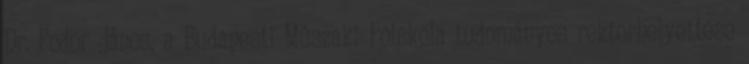
Dr. Fodor János, a Budapesti Mûszaki Fõiskola tudományos rektorhelyettese